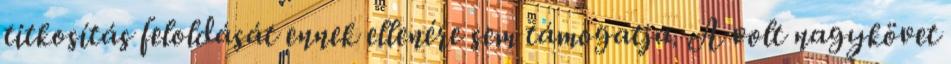
titkosítás feloldását ennek ellenére sem támogatja. A volt nagykövet